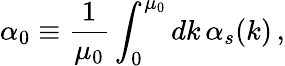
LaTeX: \alpha_{0}\equiv{\frac{1}{\mu_{0}}}\int_{0}^{\mu_{0}}dk\, \alpha_{s}(k)\, ,